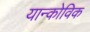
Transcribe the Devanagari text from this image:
यान्कोविक